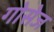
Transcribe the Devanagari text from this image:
गोसेज